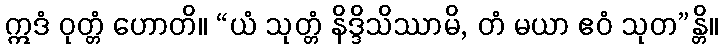
ဣဒံ ဝုတ္တံ ဟောတိ။ “ယံ သုတ္တံ နိဒ္ဒိသိဿာမိ, တံ မယာ ဧဝံ သုတ”န္တိ။